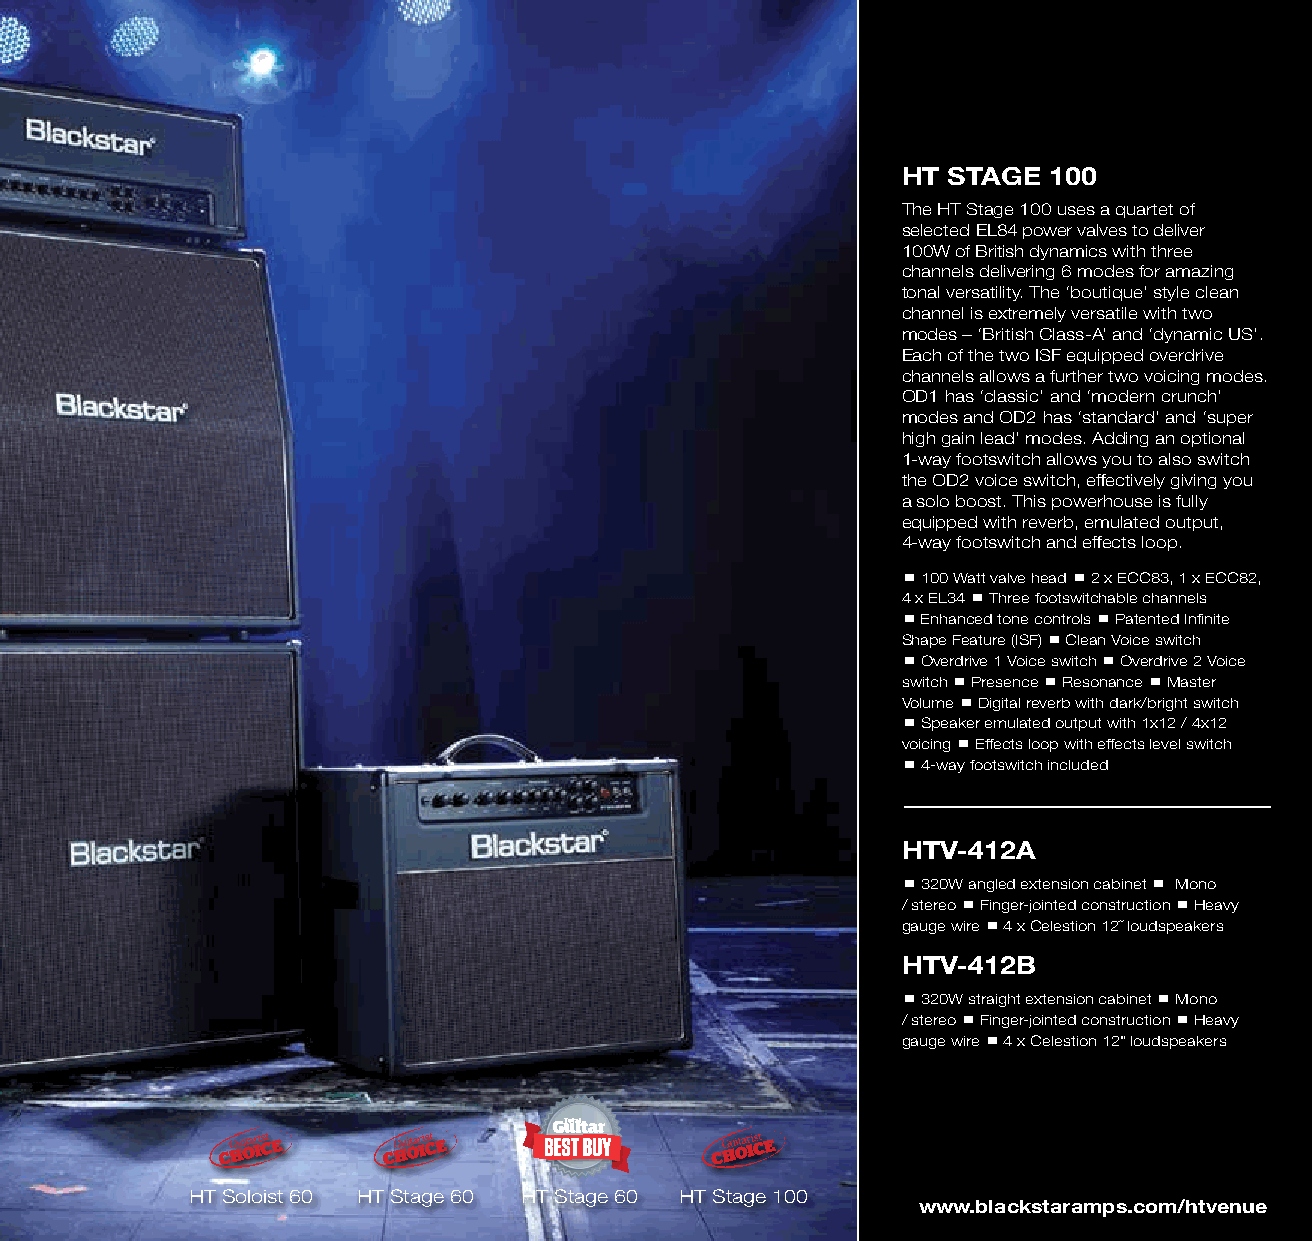
HT STAGE 100
 The HT Stage 100 uses a quartet of
 selected EL84 power valves to deliver
 100W of British dynamics with three
 channels delivering 6 modes for amazing
 tonal versatility. The ‘boutique’ style clean
 channel is extremely versatile with two
 modes – ‘British Class-A’ and ‘dynamic US’.
 Each of the two ISF equipped overdrive
 channels allows a further two voicing modes.
 OD1 has ‘classic’ and ‘modern crunch’
 modes and OD2 has ‘standard’ and ‘super
 high gain lead’ modes. Adding an optional
 1-way footswitch allows you to also switch
 the OD2 voice switch, effectively giving you
 a solo boost. This powerhouse is fully
 equipped with reverb, emulated output,
 4-way footswitch and effects loop.
  100 Watt valve head  2 x ECC83, 1 x ECC82,
 4 x EL34  Three footswitchable channels
  Enhanced tone controls  Patented Infinite
 Shape Feature (ISF)  Clean Voice switch
  Overdrive 1 Voice switch  Overdrive 2 Voice
 switch  Presence  Resonance  Master
 Volume  Digital reverb with dark/bright switch
  Speaker emulated output with 1x12 / 4x12
 voicing  Effects loop with effects level switch
  4-way footswitch included
 HTV-412A
  320W angled extension cabinet  Mono
 / stereo  Finger-jointed construction  Heavy
 gauge wire  4 x Celestion 12˝ loudspeakers
 HTV-412B
  320W straight extension cabinet  Mono
 / stereo  Finger-jointed construction  Heavy
 gauge wire  4 x Celestion 12" loudspeakers
 HT Soloist 60 HT Stage 60 HT Stage 60 HT Stage 100
 www.blackstaramps.com/htvenue